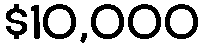
$10,000